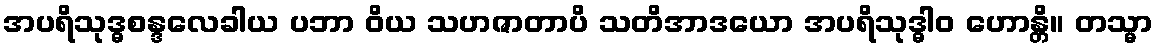
အပရိသုဒ္ဓစန္ဒလေခါယ ပဘာ ဝိယ သဟဇာတာပိ သတိအာဒယော အပရိသုဒ္ဓါဝ ဟောန္တိ။ တသ္မာ